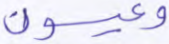
وعيون